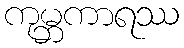
ကုမ္ဘကာရဿ